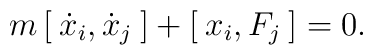
m \, [ \: \dot x_i, \dot x_j \: ] + [ \: x_i , F_j \: ] = 0 .